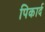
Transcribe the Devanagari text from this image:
पिकार्द